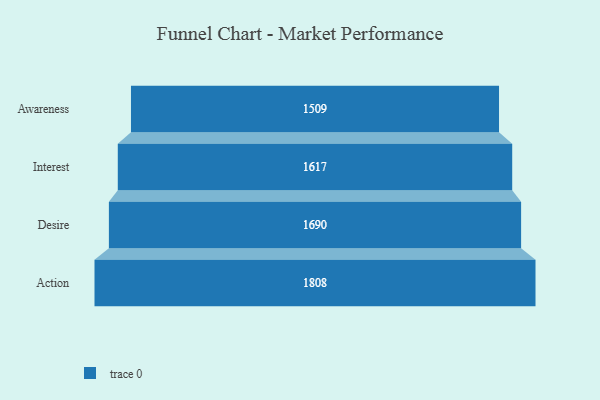
{"axis": {"x": "Stage", "y": "Value"}, "legend": [""], "data": [{"x": "Awareness", "y": 1509.0, "type": ""}, {"x": "Interest", "y": 1617.0, "type": ""}, {"x": "Desire", "y": 1690.0, "type": ""}, {"x": "Action", "y": 1808.0, "type": ""}]}